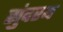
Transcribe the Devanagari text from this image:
सुंदरय